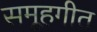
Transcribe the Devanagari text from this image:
समूहगीत